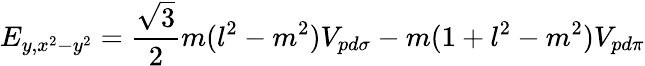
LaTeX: E_{y,x^{2}-y^{2}}={\frac{\sqrt{3}}{2}}m(l^{2}-m^{2})V_{pd\sigma}-m(1+l^{2}-m^{2})V_{pd\pi}